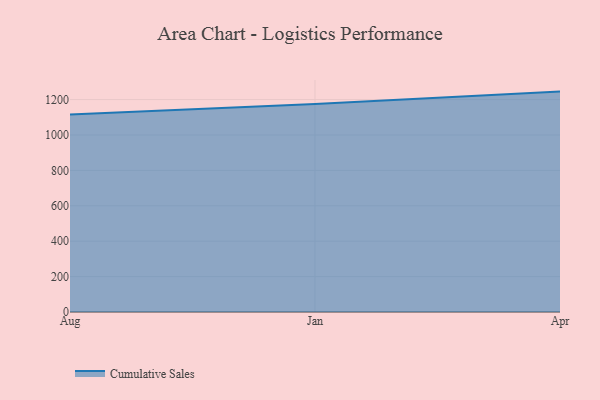
{"axis": {"x": "Month", "y": "Production Output"}, "legend": ["Cumulative Sales"], "data": [{"x": "Aug", "y": 1115.1, "type": "Cumulative Sales"}, {"x": "Jan", "y": 1175.0, "type": "Cumulative Sales"}, {"x": "Apr", "y": 1245.1, "type": "Cumulative Sales"}]}